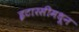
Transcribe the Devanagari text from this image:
इटारसीमधून